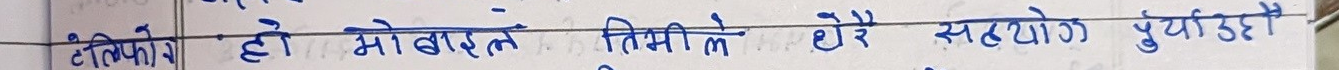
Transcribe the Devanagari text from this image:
टेपियोको हो मोबाइलले तिमीले धेरै सहयोग पुऱ्याउदै।